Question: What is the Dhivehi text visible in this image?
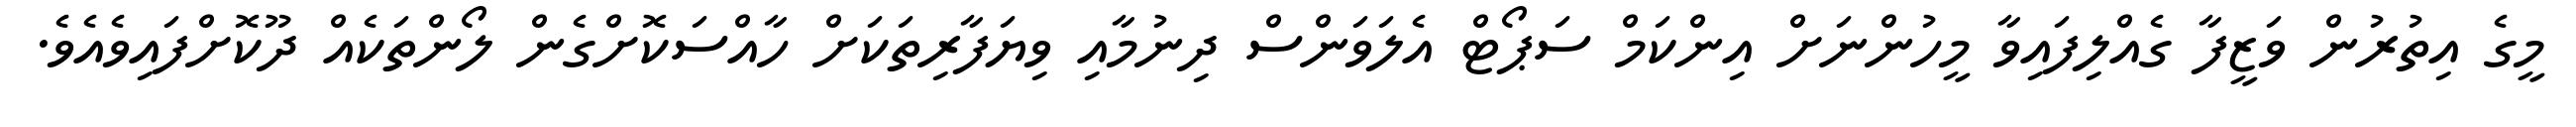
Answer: މީގެ އިތުރުން ވަޒީފާ ގެއްލިފައިވާ މީހުންނަށް އިންކަމް ސަޕޯޓް އެލަވަންސް ދިނުމާއި ވިޔަފާރިތަކަށް ހާއްސަކޮށްގެން ލޯންތަކެއް ދޫކޮށްފައިވެއެވެ.